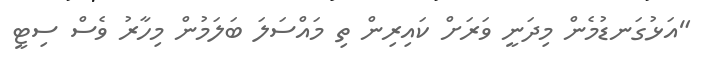
"އަޅުގަނޑުމެން މިދަނީ ވަރަށް ކައިރިން ތި މައްސަލަ ބަލަމުން މިހާރު ވެސް ސިޓީ